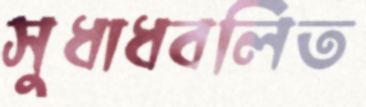
সুধাধবলিত